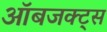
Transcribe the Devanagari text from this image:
ऑबजक्ट्स